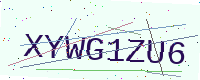
Text: XYWG1ZU6